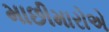
માછીમારોએ